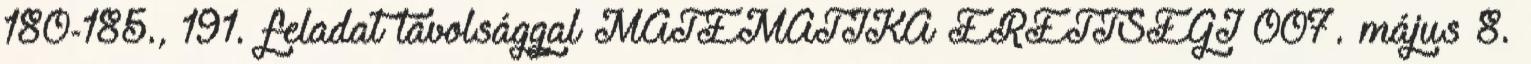
180-185., 191. feladat távolsággal MATEMATIKA ÉRETTSÉGI 007. május 8.